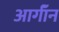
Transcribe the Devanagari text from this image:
आर्गॉन